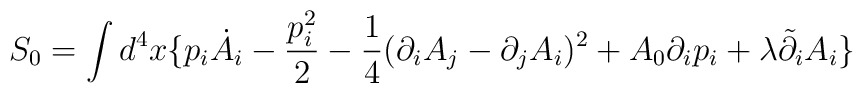
S_0= \int d^4x \{p_i \dot A_i- \frac{p_i^2}{2}- \frac{1}{4}(\partial_iA_j-\partial_jA_i)^2+A_0 \partial_ip_i+ \lambda \tilde{\partial}_iA_i \}